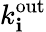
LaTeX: k_{\mathbf{i}}^{\mathrm{{{\mathrm{{out}}}}}}